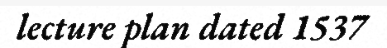
lecture plan dated 1537